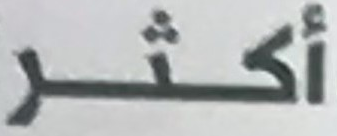
أكثر